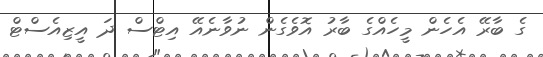
ގެ ބާރޭ އެހެން މީހެއްގެ ބާރު އޮވެގެން ނުވާނެއޭ އިޓްސް ދަ އީޒިއެސްޓް